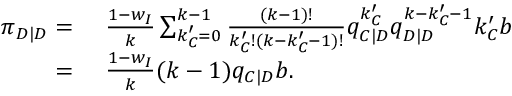
\begin{array} { r l } { \pi _ { D | D } = } & { ~ \frac { 1 - w _ { I } } { k } \sum _ { k _ { C } ^ { \prime } = 0 } ^ { k - 1 } { \frac { ( k - 1 ) ! } { k _ { C } ^ { \prime } ! ( k - k _ { C } ^ { \prime } - 1 ) ! } q _ { C | D } ^ { k _ { C } ^ { \prime } } q _ { D | D } ^ { k - k _ { C } ^ { \prime } - 1 } k _ { C } ^ { \prime } b } } \\ { = } & { ~ \frac { 1 - w _ { I } } { k } ( k - 1 ) q _ { C | D } b . } \end{array}